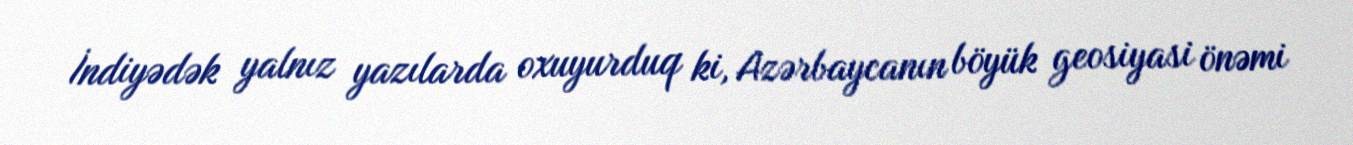
İndiyədək yalnız yazılarda oxuyurduq ki, Azərbaycanın böyük geosiyasi önəmi